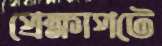
প্রেক্ষাপটে